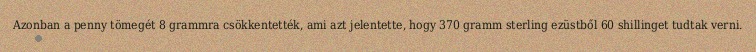
Azonban a penny tömegét 8 grammra csökkentették, ami azt jelentette, hogy 370 gramm sterling ezüstből 60 shillinget tudtak verni.